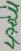
Text: 470U